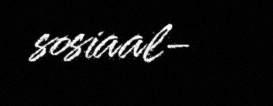
sosiaal-